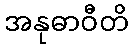
အနုဓာဝီတိ